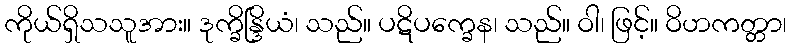
ကိုယ်ရှိသသူအား။ ဒုက္ခိန္ဒြိယံ၊ သည်။ ပဋိပက္ခေန၊ သည်။ ဝါ၊ ဖြင့်။ ဝိဟကတ္တာ၊